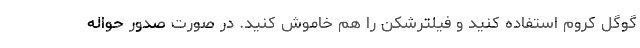
گوگل کروم استفاده کنید و فیلترشکن را هم خاموش کنید. در صورت صدور حواله